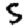
Digit: 5